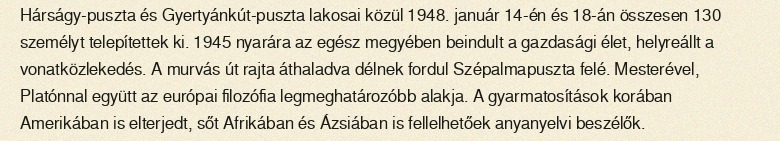
Hárságy-puszta és Gyertyánkút-puszta lakosai közül 1948. január 14-én és 18-án összesen 130 személyt telepítettek ki. 1945 nyarára az egész megyében beindult a gazdasági élet, helyreállt a vonatközlekedés. A murvás út rajta áthaladva délnek fordul Szépalmapuszta felé. Mesterével, Platónnal együtt az európai filozófia legmeghatározóbb alakja. A gyarmatosítások korában Amerikában is elterjedt, sőt Afrikában és Ázsiában is fellelhetőek anyanyelvi beszélők.